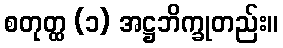
စတုတ္ထ (၁) အဋ္ဌဘိက္ခုတည်း။